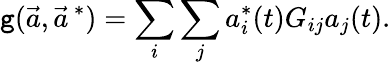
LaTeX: \mathtt{g}(\vec{{a}},\vec{{a}}^{\, *})=\sum_{i}\sum_{j}a_{i}^{*}(t)G_{ij}a_{j}(t).